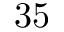
3 5